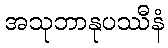
အသုဘာနုပဿီနံ